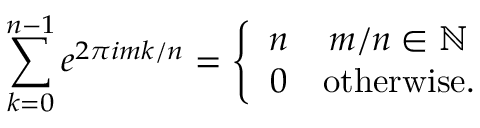
\sum _ { k = 0 } ^ { n - 1 } e ^ { 2 \pi i m k / n } = \left\{ \begin{array} { c c } { n } & { m / n \in \mathbb { N } } \\ { 0 } & { \mathrm { o t h e r w i s e } . } \end{array} \right.